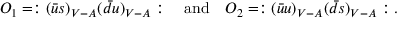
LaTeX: O _ { 1 } = : ( \bar { u } s ) _ { V - A } ( \bar { d } u ) _ { V - A } : \quad \mathrm { a n d } \quad O _ { 2 } = : ( \bar { u } u ) _ { V - A } ( \bar { d } s ) _ { V - A } : .